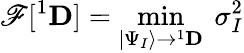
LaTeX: \mathscr{F}[{}^{1}{\mathbf{D}}]=\operatorname*{min}_{|\Psi_{I}\rangle\to{}^{1}{\mathbf{D}}}~\sigma_{I}^{2}